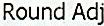
ROUND ADJ